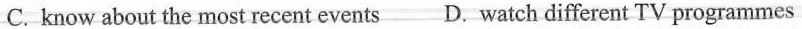
C. know about the most recent events D. Watch different TV programmes